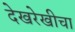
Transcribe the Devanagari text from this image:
देखरेखीचा